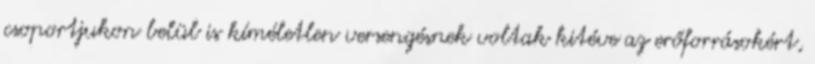
csoportjukon belül is kíméletlen versengésnek voltak kitéve az erőforrásokért,